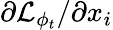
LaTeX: \partial\mathcal{L}_{\phi_{t}}/\partial x_{i}